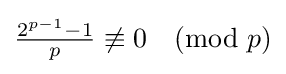
{\tfrac {2^{p-1}-1}{p}}\not \equiv 0{\pmod {p}}